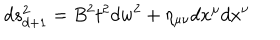
d s _ { d + 1 } ^ { 2 } = B ^ { 2 } t ^ { 2 } d w ^ { 2 } + \eta _ { \mu \nu } d x ^ { \mu } d x ^ { \nu }